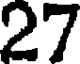
27